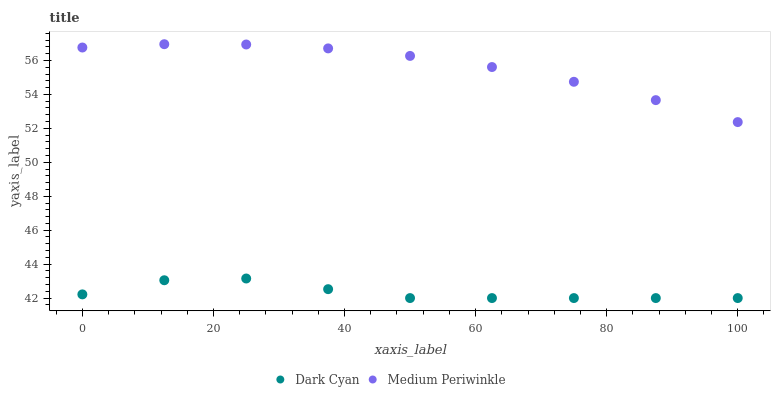
| xaxis_label | Dark Cyan | Medium Periwinkle |
 | --- | --- | --- |
 | 0 | 42.2 | 56.8 |
 | 12.5 | 43 | 57 |
 | 25 | 43.2 | 56.9 |
 | 37.5 | 42.5 | 56.7 |
 | 50 | 42 | 56.3 |
 | 62.5 | 42 | 55.6 |
 | 75 | 42 | 54.7 |
 | 87.5 | 42 | 53.7 |
 | 100 | 42 | 52.4 |